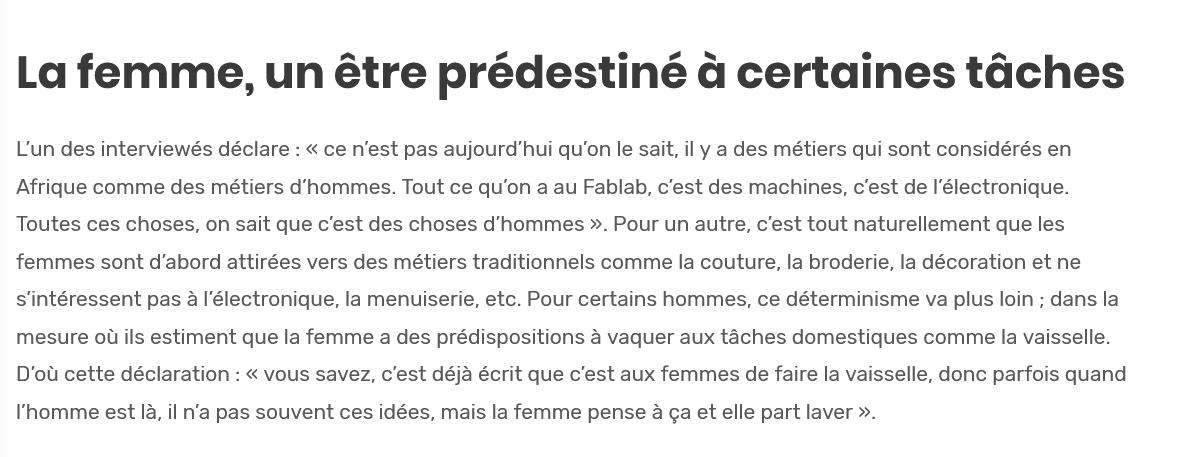
La   femme.    un    étre    prédestiné    a@  certaines    taches
  Lun des interviewés déclare : « ce nest pas aujourd'hui qu’on le sait, il ya des métiers qui sont considérés en
  Afrique comme des métiers d‘'hommes. Tout ce qu’on a au Fablab, c’est des machines, c’est de I’électronique.
  Toutes ces choses, on sait que c'est des choses d’hommes ». Pour un autre, c’est tout naturellement que les
  femmes sont d’abord attirées vers des métiers traditionnels comme la couture, la broderie, la décoration et ne
  s‘intéressent pas a |'électronique, la menuiserie, etc. Pour certains hommes, ce détermi   isme va plus loin ; dans la
  mesure ou ils estiment que la femme a des prédispositions 4 vaquer aux taches domestiques comme la vaisselle.
  D’ou cette déclaration : « vous savez, c'est déja écrit que c'est aux femmes de faire la vaisselle, donc parfois quand
  l'homme est 1a, il n’a pas souvent ces idées, mais la femme pense a ga et elle part laver ».